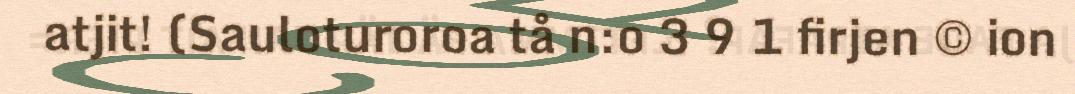
atjit! (Sauloturoroa tå n:o 3 9 1 firjen © ion